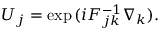
{ \cal U } _ { j } = \mathrm { e x p } \, ( i F _ { j k } ^ { - 1 } \nabla _ { k } ) .